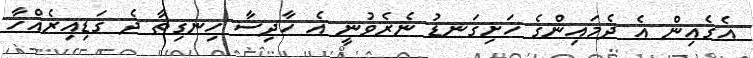
އެގެއިން އެ ދެމައިންގެ ހަށިގަނޑު ނެރެވުނީ އެ ހާދިސާ ހިނގިތާ ދެ ގަޑިއިރެއްހާ